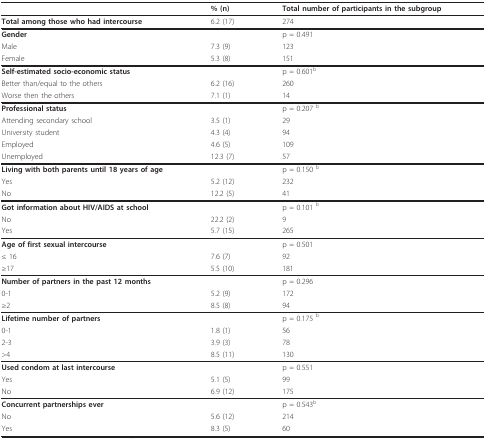
|  | % (n) | Total number of participants in the subgroup |
 | --- | --- | --- |
 | Total among those who had intercourse | 6.2 (17) | 274 |
 | Gender |  | p = 0.491 |
 | Male | 7.3 (9) | 123 |
 | Female | 5.3 (8) | 151 |
 | Self-estimated socio-economic status |  | p = 0.601b |
 | Better than/equal to the others | 6.2 (16) | 260 |
 | Worse then the others | 7.1 (1) | 14 |
 | Professional status |  | p = 0.207 b |
 | Attending secondary school | 3.5 (1) | 29 |
 | University student | 4.3 (4) | 94 |
 | Employed | 4.6 (5) | 109 |
 | Unemployed | 12.3 (7) | 57 |
 | Living with both parents until 18 years of age |  | p = 0.150 b |
 | Yes | 5.2 (12) | 232 |
 | No | 12.2 (5) | 41 |
 | Got information about HIV/AIDS at school |  | p = 0.101 b |
 | No | 22.2 (2) | 9 |
 | Yes | 5.7 (15) | 265 |
 | Age of first sexual intercourse |  | p = 0.501 |
 | ≤ 16 | 7.6 (7) | 92 |
 | ≥17 | 5.5 (10) | 181 |
 | Number of partners in the past 12 months |  | p = 0.296 |
 | 0-1 | 5.2 (9) | 172 |
 | ≥2 | 8.5 (8) | 94 |
 | Lifetime number of partners |  | p = 0.175 b |
 | 0-1 | 1.8 (1) | 56 |
 | 2-3 | 3.9 (3) | 78 |
 | >4 | 8.5 (11) | 130 |
 | Used condom at last intercourse |  | p = 0.551 |
 | Yes | 5.1 (5) | 99 |
 | No | 6.9 (12) | 175 |
 | Concurrent partnerships ever |  | p = 0.543b |
 | No | 5.6 (12) | 214 |
 | Yes | 8.3 (5) | 60 |